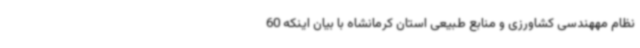
نظام مههندسی کشاورزی و منابع طبیعی استان کرمانشاه با بیان اینکه 60